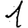
Digit: 1